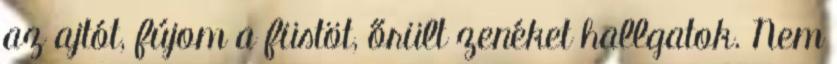
az ajtót, fújom a füstöt, őrült zenéket hallgatok. Nem